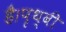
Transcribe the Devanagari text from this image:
है।पृथ्वी